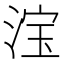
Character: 𣷂